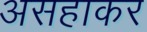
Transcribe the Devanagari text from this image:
असहाकर